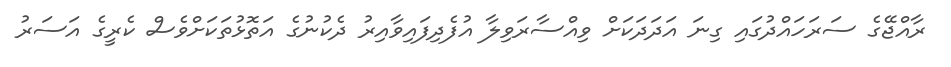
ރާއްޖޭގެ ސަރަހައްދުގައި ގިނަ އަދަދަކަށް ވިއްސާރަވިލާ އުފެދިފައިވާއިރު ދެކުނުގެ އަތޮޅުތަކަށްވެސް ކެރީގެ އަސަރު